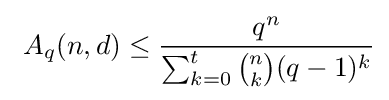
\ A_{q}(n,d)\leq {\frac {q^{n}}{\sum _{k=0}^{t}{\binom {n}{k}}(q-1)^{k}}}